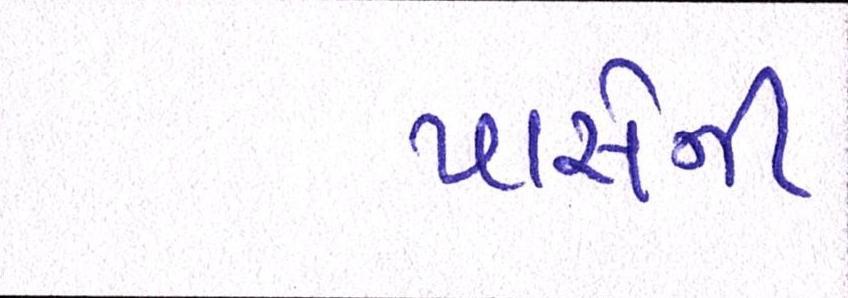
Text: પાસેની